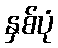
နှစ်ပုံ